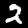
Label: 2